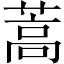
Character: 蒿